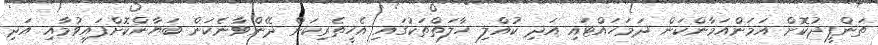
ތަންފީޛުކޮށް އަމަންއަމާންކަން ދަމަހައްޓައި އަދި ކުއްލި ހާލަތްތަކުގައި އެހީތެރިކަން ދޭންވާނެކަން ބަޔާންކޮށްފައިވުމާއި އަދި